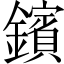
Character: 鑌